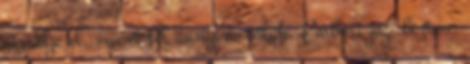
mesélje el, miért fél annyira tőlük. Emberi jogi biztos: